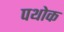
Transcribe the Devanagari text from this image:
पथोक